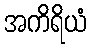
အကိရိယံ